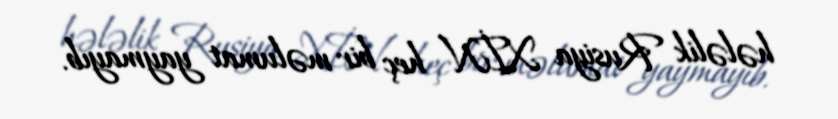
hələlik Rusiya XİN heç bir məlumat yaymayıb.